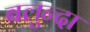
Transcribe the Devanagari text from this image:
बलुन्दा